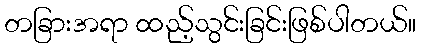
တခြားအရာ ထည့်သွင်းခြင်းဖြစ်ပါတယ်။